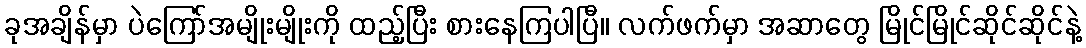
ခုအချိန်မှာ ပဲကြော်အမျိုးမျိုးကို ထည့်ပြီး စားနေကြပါပြီ။ လက်ဖက်မှာ အဆာတွေ မြိုင်မြိုင်ဆိုင်ဆိုင်နဲ့